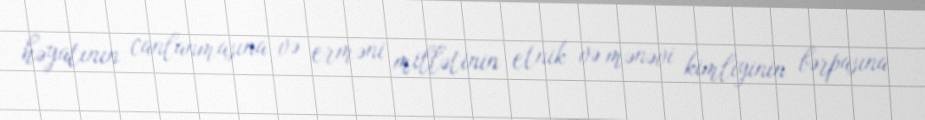
həyatının canlanmasına və erməni millətinin etnik və mənəvi kimliyinin bərpasına